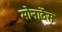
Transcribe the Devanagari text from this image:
मोनार्देस